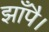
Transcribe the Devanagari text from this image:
झाँपै।